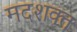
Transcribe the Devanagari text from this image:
मदशक्त